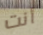
أنت